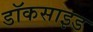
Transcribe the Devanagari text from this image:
डॉकसाइड